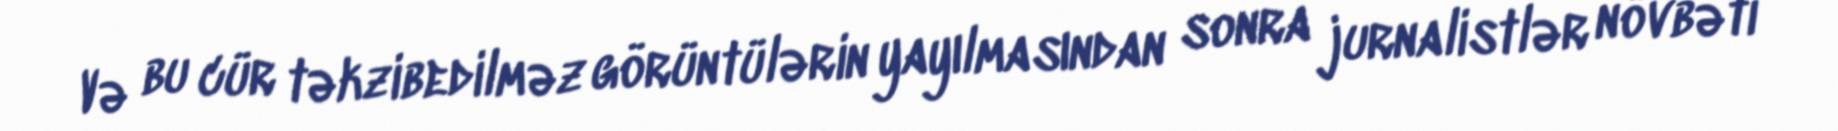
Və bu cür təkzibedilməz görüntülərin yayılmasından sonra jurnalistlər növbəti